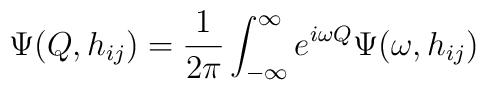
\Psi(Q,h_{ij}) = \frac{1}{2\pi} \int_{-\infty}^{\infty} e^{i\omega Q}\Psi(\omega,h_{ij})